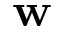
\mathbf { w }